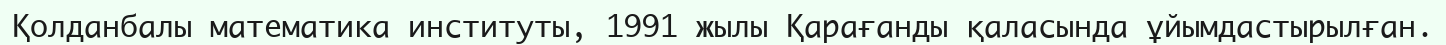
Қолданбалы математика институты, 1991 жылы Қарағанды қаласында ұйымдастырылған.